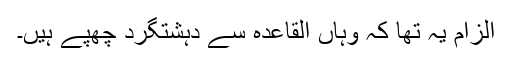
الزام یہ تھا کہ وہاں القاعدہ سے دہشتگرد چھپے ہیں۔